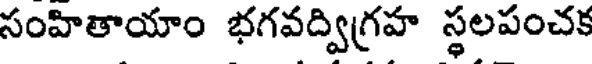
సంహితాయాం భగవద్విగ్రహ స్థలపంచక